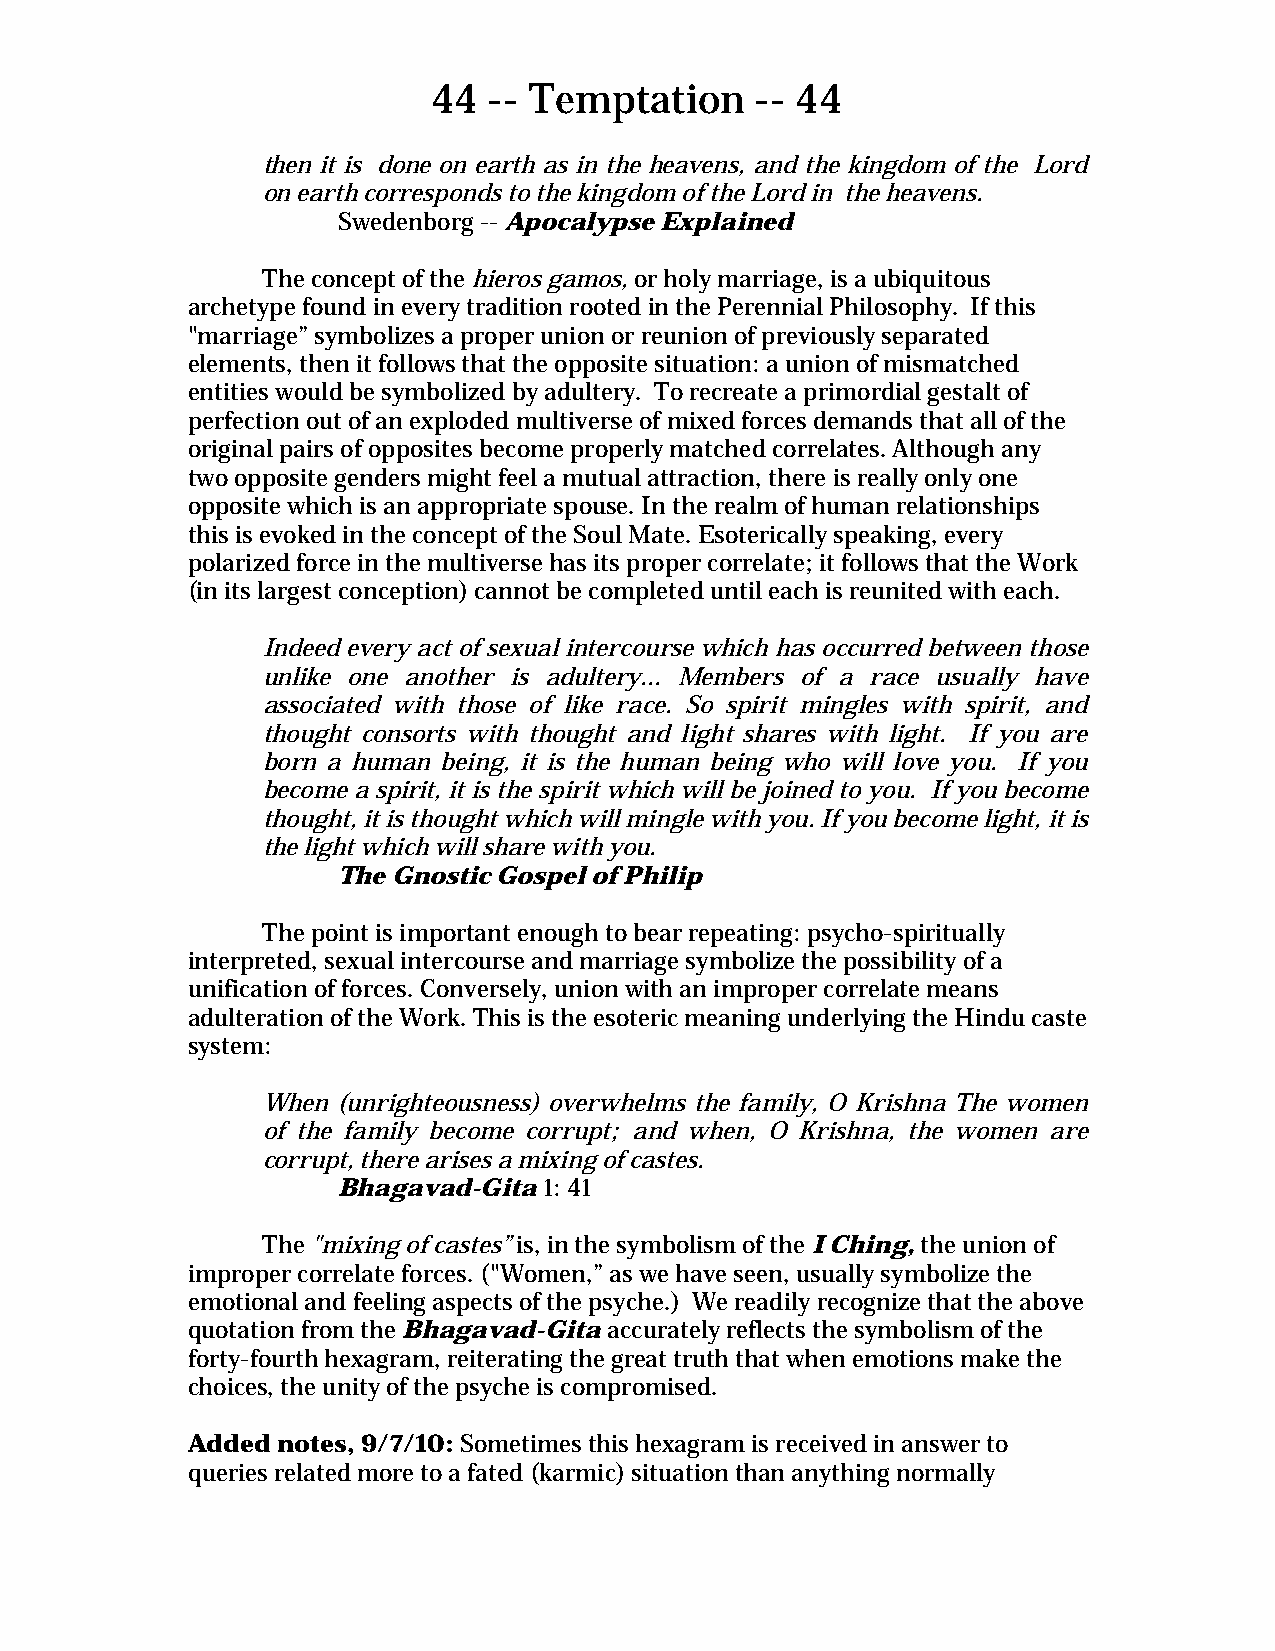
44 -- Temptation     -- 44
 then it is done on earth as in the heavens, and the kingdom of the Lord
 on earth corresponds to the kingdom of the Lord in the heavens.
 Swedenborg -- Apocalypse Explained
 The concept of the hieros gamos, or holy marriage, is a ubiquitous
 archetype found in every tradition rooted in the Perennial Philosophy. If this
 "marriage” symbolizes a proper union or reunion of previously separated
 elements, then it follows that the opposite situation: a union of mismatched
 entities would be symbolized by adultery. To recreate a primordial gestalt of
 perfection out of an exploded multiverse of mixed forces demands that all of the
 original pairs of opposites become properly matched correlates. Although any
 two opposite genders might feel a mutual attraction, there is really only one
 opposite which is an appropriate spouse. In the realm of human relationships
 this is evoked in the concept of the Soul Mate. Esoterically speaking, every
 polarized force in the multiverse has its proper correlate; it follows that the Work
 (in its largest conception) cannot be completed until each is reunited with each.
 Indeed every act of sexual intercourse which has occurred between those
 unlike one another is adultery... Members of a race usually have
 associated with those of like race. So spirit mingles with spirit, and
 thought consorts with thought and light shares with light. If you are
 born a human being, it is the human being who will love you. If you
 become a spirit, it is the spirit which will be joined to you. If you become
 thought, it is thought which will mingle with you. If you become light, it is
 the light which will share with you.
 The Gnostic Gospel of Philip
 The point is important enough to bear repeating: psycho-spiritually
 interpreted, sexual intercourse and marriage symbolize the possibility of a
 unification of forces. Conversely, union with an improper correlate means
 adulteration of the Work. This is the esoteric meaning underlying the Hindu caste
 system:
 When (unrighteousness) overwhelms the family, O Krishna The women
 of the family become corrupt; and when, O Krishna, the women are
 corrupt, there arises a mixing of castes.
 Bhagavad-Gita 1: 41
 The "mixing of castes” is, in the symbolism of the I Ching, the union of
 improper correlate forces. ("Women,” as we have seen, usually symbolize the
 emotional and feeling aspects of the psyche.) We readily recognize that the above
 quotation from the Bhagavad-Gita accurately reflects the symbolism of the
 forty-fourth hexagram, reiterating the great truth that when emotions make the
 choices, the unity of the psyche is compromised.
 Added notes, 9/7/10: Sometimes this hexagram is received in answer to
 queries related more to a fated (karmic) situation than anything normally